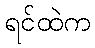
ရင်ထဲက